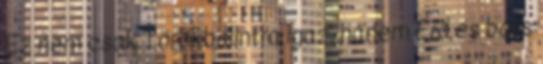
Ez nem csak Törökbálintra igaz, hanem Érd és bális